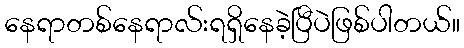
နေရာတစ်နေရာလ်းရရှိနေခဲ့ပြီပဲဖြစ်ပါတယ်။